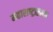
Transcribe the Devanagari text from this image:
महाराष्‍ट्रातल्या